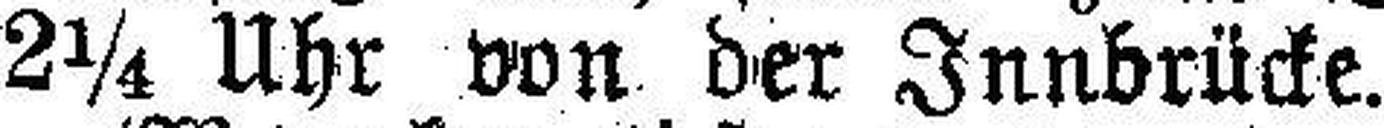
2¼ Uhr von der Innbrücke.